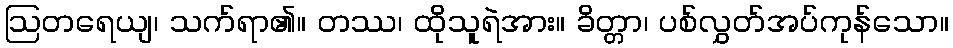
ဩတရေယျ၊ သက်ရာ၏။ တဿ၊ ထိုသူရဲအား။ ခိတ္တာ၊ ပစ်လွှတ်အပ်ကုန်သော။